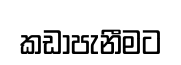
කඩාපැනීමට